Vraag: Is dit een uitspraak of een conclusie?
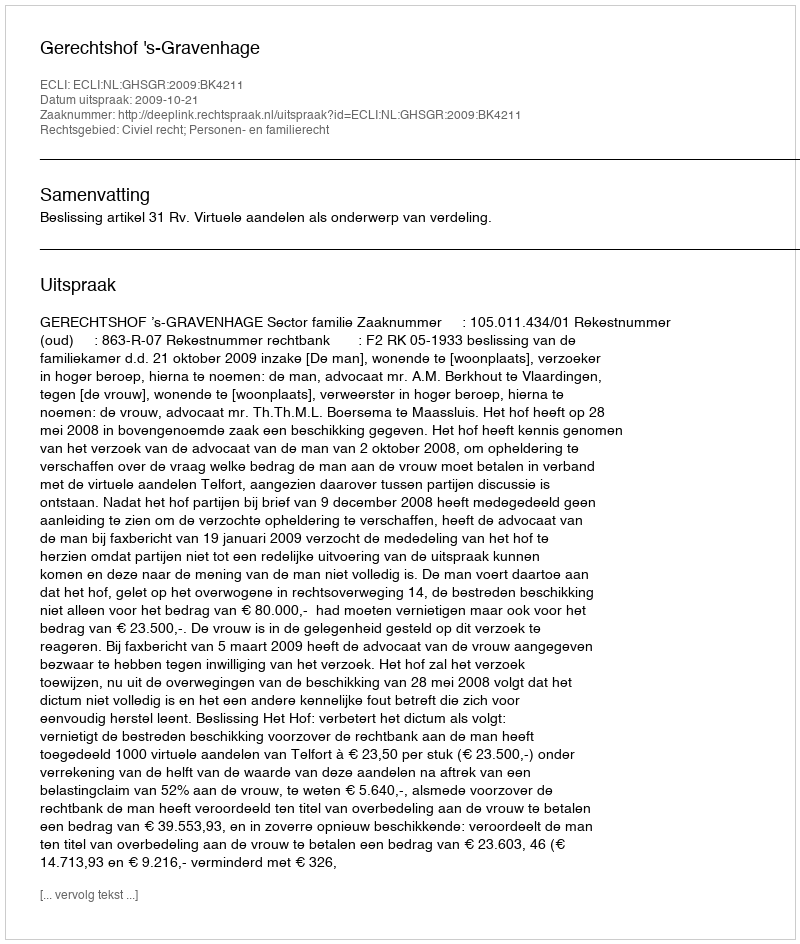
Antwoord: Uitspraak